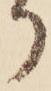
か